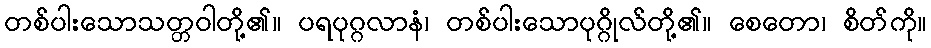
တစ်ပါးသောသတ္တဝါတို့၏။ ပရပုဂ္ဂလာနံ၊ တစ်ပါးသောပုဂ္ဂိုလ်တို့၏။ စေတော၊ စိတ်ကို။